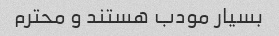
بسیار مودب هستند و محترم